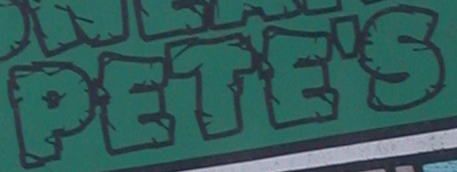
PETE'S